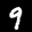
Label: 9